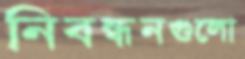
নিবন্ধনগুলো